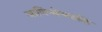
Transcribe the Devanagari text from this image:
ञाणिन्मेलकळि